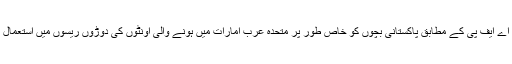
نیوز ایجنسی اے ایف پی کے مطابق پاکستانی بچوں کو خاص طور پر متحدہ عرب امارات میں ہونے والی اونٹوں کی دوڑوں ریسوں میں استعمال کیا جاتا ہے۔